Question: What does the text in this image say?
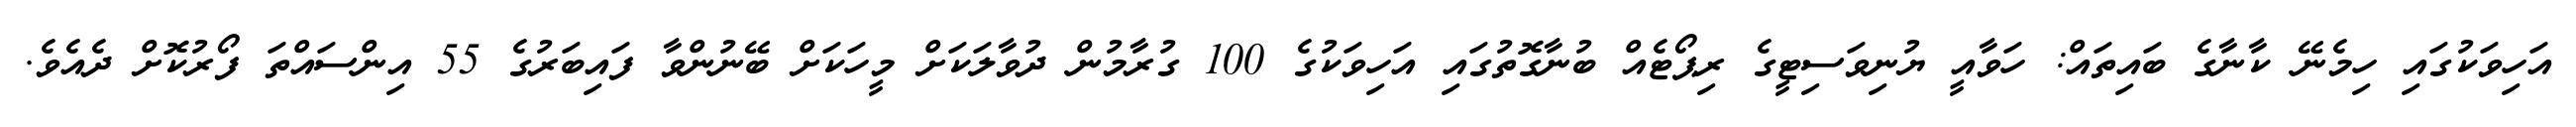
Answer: އަހިވަކުގައި ހިމެނޭ ކާނާގެ ބައިތައް: ހަވާއީ ޔުނިވަސިޓީގެ ރިޕޯޓެއް ބުނާގޮތުގައި އަހިވަކުގެ 100 ގުރާމުން ދުވާލަކަށް މީހަކަށް ބޭނުންވާ ފައިބަރުގެ 55 އިންސައްތަ ފޯރުކޮށް ދެއެވެ.